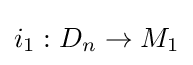
i_{1}:D_{n}\rightarrow M_{1}